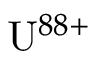
{ \mathrm { U } } ^ { 8 8 + }